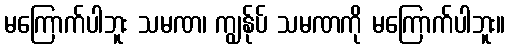
မကြောက်ပါဘူး သမဏ၊ ကျွန်ုပ် သမဏကို မကြောက်ပါဘူး။